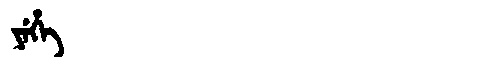
Manchu: ᠶᡝᡥᡝ
Romanization: YEHE